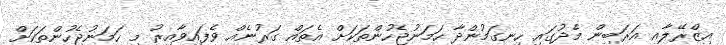
އިޒްރޭލާއި އަރަބިން މެދުގައި ހިނގަމުންދާ ހަމަނުޖެހުންތަކަށް އެތައް ގަރުނެއް ވެފައިވާއިރު މި ހަމަނުޖެހުންތަކަށް